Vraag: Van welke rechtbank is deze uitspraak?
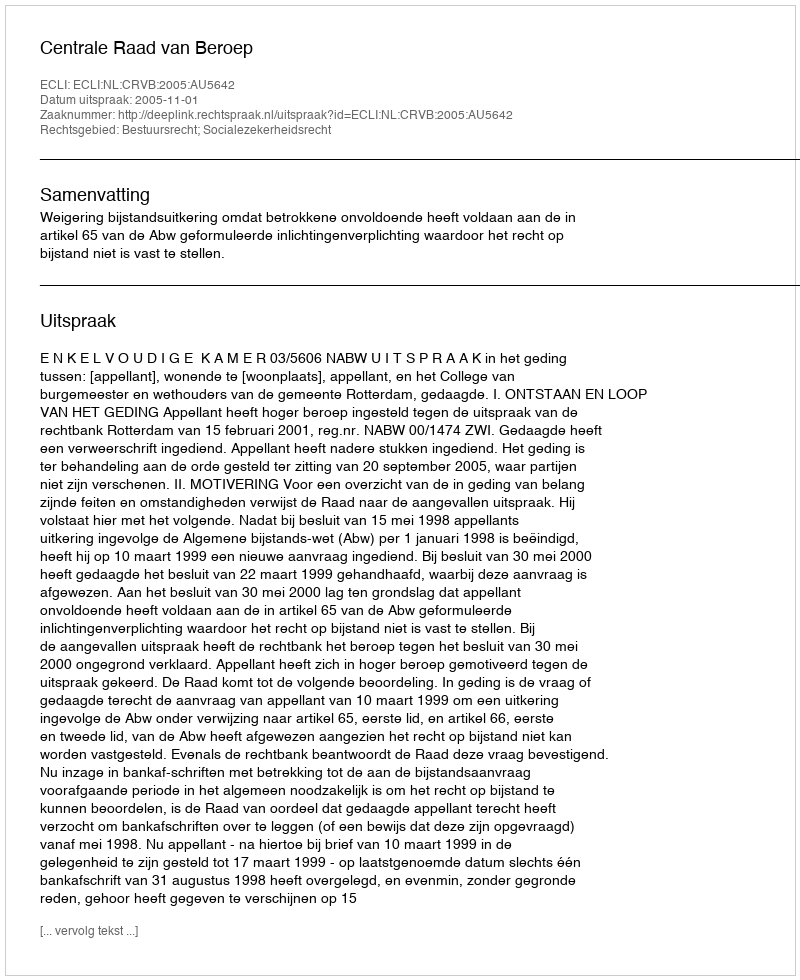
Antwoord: Centrale Raad van Beroep